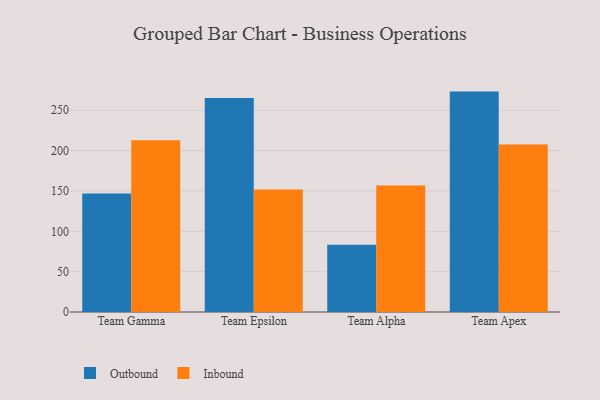
{"axis": {"x": "Team", "y": "LTV (USD)"}, "legend": ["Inbound", "Outbound"], "data": [{"x": "Team Gamma", "y": 146.8, "type": "Outbound"}, {"x": "Team Gamma", "y": 212.8, "type": "Inbound"}, {"x": "Team Epsilon", "y": 265.3, "type": "Outbound"}, {"x": "Team Epsilon", "y": 151.7, "type": "Inbound"}, {"x": "Team Alpha", "y": 83.2, "type": "Outbound"}, {"x": "Team Alpha", "y": 156.6, "type": "Inbound"}, {"x": "Team Apex", "y": 273.1, "type": "Outbound"}, {"x": "Team Apex", "y": 207.7, "type": "Inbound"}]}